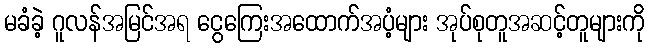
မခံခဲ့ ဂူလန်အမြင်အရ ငွေကြေးအထောက်အပံ့များ အုပ်စုတူအဆင့်တူများကို